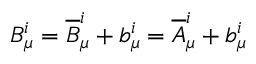
B _ { \mu } ^ { i } = { \overline { { B } } } _ { \mu } ^ { i } + b _ { \mu } ^ { i } = { \overline { { A } } } _ { \mu } ^ { i } + b _ { \mu } ^ { i }